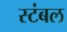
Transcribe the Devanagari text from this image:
स्टंबल